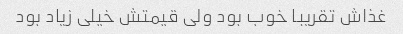
غذاش تقریبا خوب بود ولی قیمتش خیلی زیاد بود